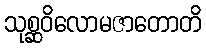
သုစ္ဆဝိလောမဇာတောတိ